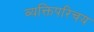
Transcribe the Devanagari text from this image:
व्यक्तिपरिचय